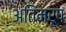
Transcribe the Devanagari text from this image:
अंतिमरूप